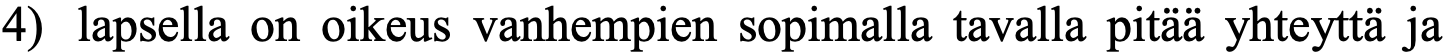
4) lapsella on oikeus vanhempien sopimalla tavalla pitää yhteyttä ja